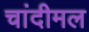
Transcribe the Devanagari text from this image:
चांदीमल